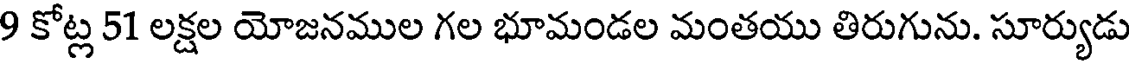
9 కోట్ల 51 లక్షల యోజనముల గల భూమండల మంతయు తిరుగును. సూర్యుడు